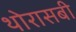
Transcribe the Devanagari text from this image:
थोरासबी